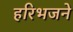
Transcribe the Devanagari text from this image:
हरिभजने